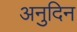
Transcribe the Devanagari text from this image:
अनुदिन